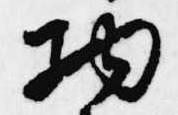
納